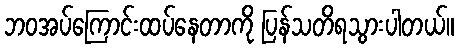
ဘဝအပ်ကြောင်းထပ်နေတာကို ပြန်သတိရသွားပါတယ်။